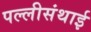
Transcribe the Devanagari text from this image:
पल्‍लीसंथाई